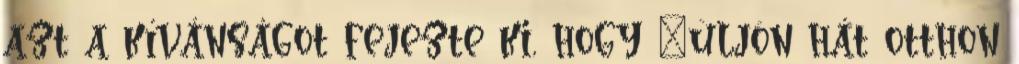
azt a kívánságot fejezte ki, hogy "üljön hát otthon